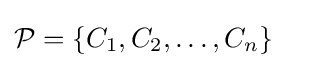
{\begin{aligned}{\mathcal {P}}&=\{C_{1},C_{2},\dots ,C_{n}\}\end{aligned}}